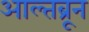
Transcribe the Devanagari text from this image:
आल्तब्रून